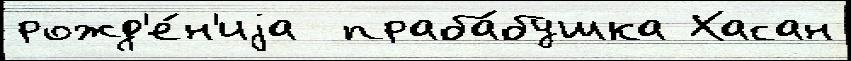
рожд'е́н'иjа  праба́бушка Хасан